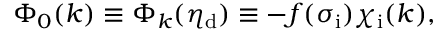
\Phi _ { 0 } ( k ) \equiv \Phi _ { k } ( \eta _ { \mathrm { d } } ) \equiv - f ( \sigma _ { \mathrm { i } } ) \chi _ { \mathrm { i } } ( k ) ,